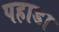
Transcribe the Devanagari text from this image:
पहाडा